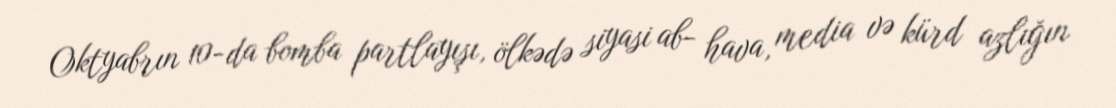
Oktyabrın 10-da bomba partlayışı, ölkədə siyasi ab- hava, media və kürd azlığın